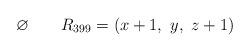
LaTeX: \begin{align*}\varnothing\quad\quad\begin{aligned}R_{399} &=( x+1,\ y,\ z+1) \end{aligned}\end{align*}